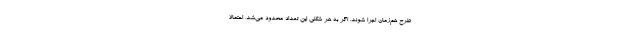
طرح هم‌زمان اجرا شوند. اگر به هر شکلی این تعداد محدود می‌شد، احتمالاً